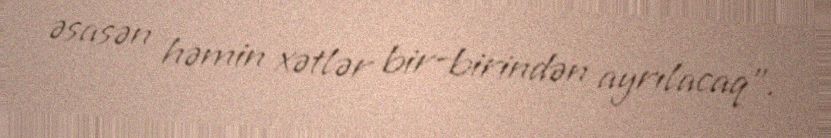
əsasən həmin xətlər bir-birindən ayrılacaq”.